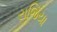
રાજિયા